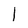
Character: l